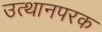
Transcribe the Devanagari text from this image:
उत्थानपरक